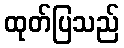
ထုတ်ပြသည်